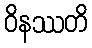
ဝိနဿတိ